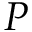
P